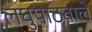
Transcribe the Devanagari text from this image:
लघुपाठवाले